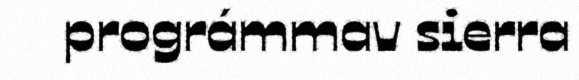
prográmmav sierra